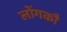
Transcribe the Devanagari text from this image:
लोंगकौ